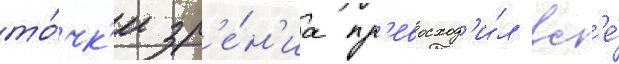
то́чк'и зр'е́н'иа пр'евосход'и́л вс'е́